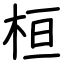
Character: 桓